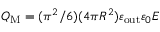
Q _ { \mathrm { M } } = ( \pi ^ { 2 } / 6 ) ( 4 \pi R ^ { 2 } ) \varepsilon _ { \mathrm { o u t } } \varepsilon _ { 0 } E